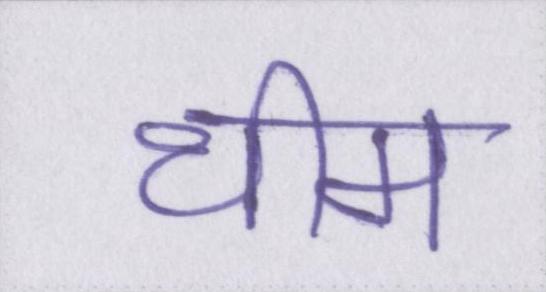
थीम